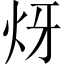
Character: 𤆹